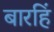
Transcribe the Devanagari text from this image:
बारहिं